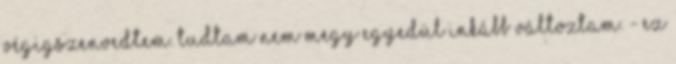
végigszenvedtem. Tudtam nem megy egyedül Inkább változtam. - Ez